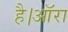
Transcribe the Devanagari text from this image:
है।ऑरा